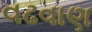
વઢવાણ